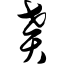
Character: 贳